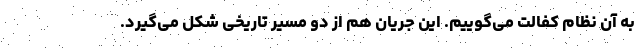
به آن نظام کفالت می‌گوییم. این جریان هم از دو مسیر تاریخی شکل می‌گیرد.